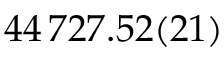
4 4 \, 7 2 7 . 5 2 ( 2 1 )